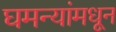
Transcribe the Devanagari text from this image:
घमन्यांमधून